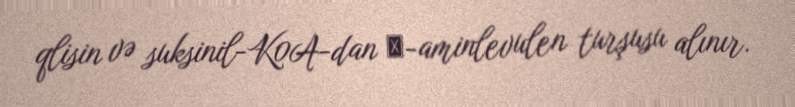
qlisin və suksinil-K0A-dan δ-aminlevulen turşusu alınır.